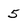
Character: 5